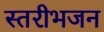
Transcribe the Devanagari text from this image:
स्तरीभजन